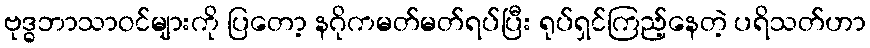
ဗုဒ္ဓဘာသာဝင်များကို ပြတော့ နဂိုကမတ်မတ်ရပ်ပြီး ရုပ်ရှင်ကြည့်နေတဲ့ ပရိသတ်ဟာ